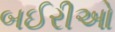
બઈરીઓ